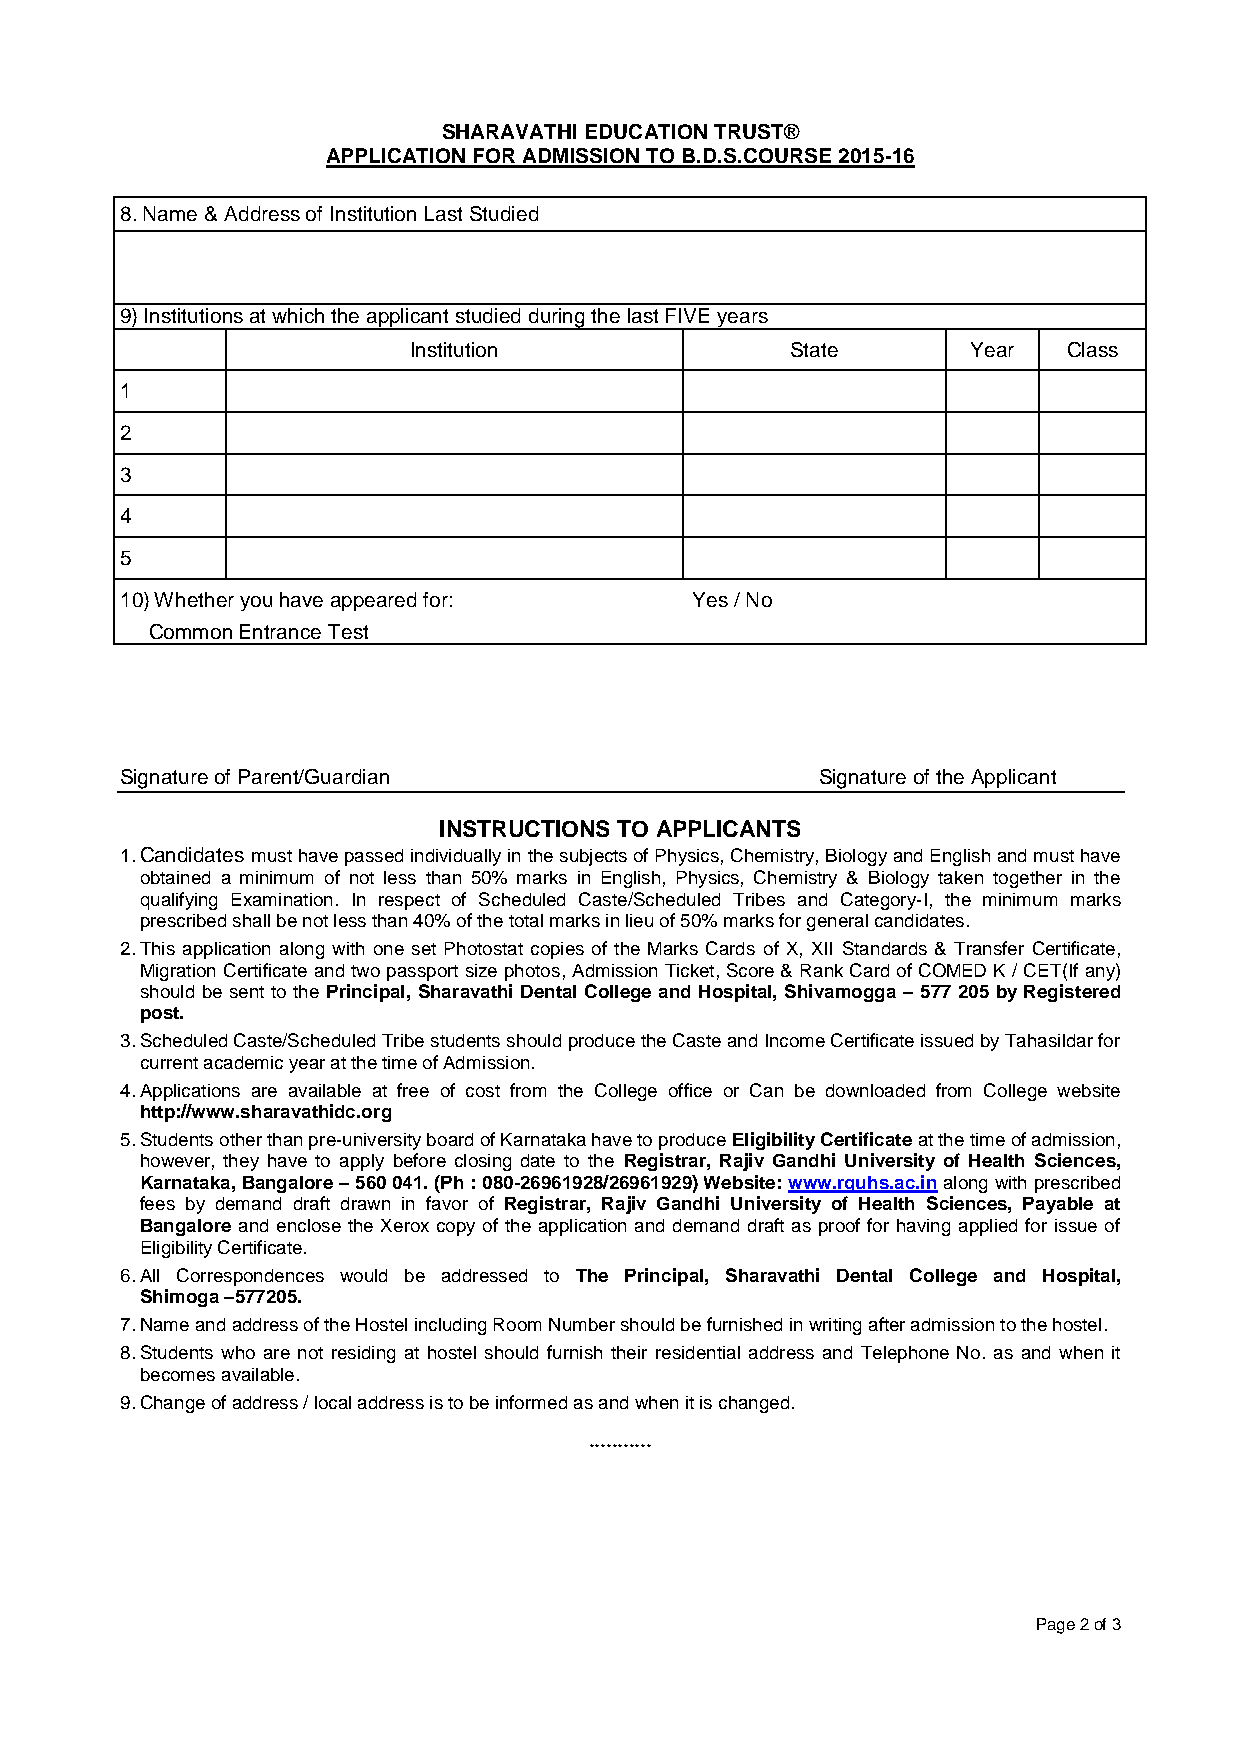
SHARAVATHI EDUCATION TRUST®
 APPLICATION FOR ADMISSION TO B.D.S.COURSE 2015-16
 8. Name & Address of Institution Last Studied
 9) Institutions at which the applicant studied during the last FIVE years
 Institution              State       Year   Class
 1
 2
 3
 4
 5
 10) Whether you have appeared for:    Yes / No
 Common Entrance Test
 Signature of Parent/Guardian                  Signature of the Applicant
 INSTRUCTIONS TO APPLICANTS
 1. Candidates must have passed individually in the subjects of Physics, Chemistry, Biology and English and must have
 obtained a minimum of not less than 50% marks in English, Physics, Chemistry & Biology taken together in the
 qualifying Examination. In respect of Scheduled Caste/Scheduled Tribes and Category-I, the minimum marks
 prescribed shall be not less than 40% of the total marks in lieu of 50% marks for general candidates.
 2. This application along with one set Photostat copies of the Marks Cards of X, XII Standards & Transfer Certificate,
 Migration Certificate and two passport size photos, Admission Ticket, Score & Rank Card of COMED K / CET(If any)
 should be sent to the Principal, Sharavathi Dental College and Hospital, Shivamogga – 577 205 by Registered
 post.
 3. Scheduled Caste/Scheduled Tribe students should produce the Caste and Income Certificate issued by Tahasildar for
 current academic year at the time of Admission.
 4. Applications are available at free of cost from the College office or Can be downloaded from College website
 http://www.sharavathidc.org
 5. Students other than pre-university board of Karnataka have to produce Eligibility Certificate at the time of admission,
 however, they have to apply before closing date to the Registrar, Rajiv Gandhi University of Health Sciences,
 Karnataka, Bangalore – 560 041. (Ph : 080-26961928/26961929) Website: www.rguhs.ac.in along with prescribed
 fees by demand draft drawn in favor of Registrar, Rajiv Gandhi University of Health Sciences, Payable at
 Bangalore and enclose the Xerox copy of the application and demand draft as proof for having applied for issue of
 Eligibility Certificate.
 6. All Correspondences would be addressed to The Principal, Sharavathi Dental College and Hospital,
 Shimoga –577205.
 7. Name and address of the Hostel including Room Number should be furnished in writing after admission to the hostel.
 8. Students who are not residing at hostel should furnish their residential address and Telephone No. as and when it
 becomes available.
 9. Change of address / local address is to be informed as and when it is changed.
 ***********
 Page 2 of 3